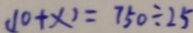
( 1 0 + x ) = 7 5 0 \div 2 5